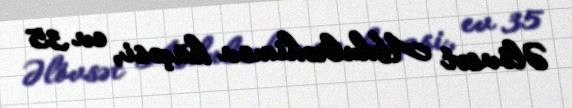
Əlövsət Abdulrəhimov küçəsi, ev 35